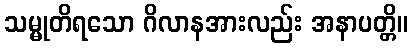
သမ္မုတိရသော ဂိလာနအားလည်း အနာပတ္တိ။